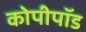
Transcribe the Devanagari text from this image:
कोपीपॉड